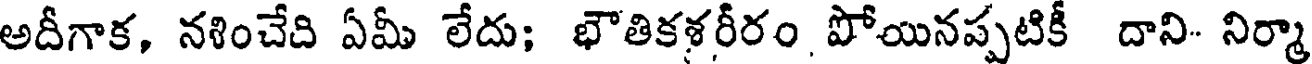
అదీగాక, నళించేది ఏమీ లేదు; భౌతికళరీరం పోయినప్పటికీ దాని- నిర్మా